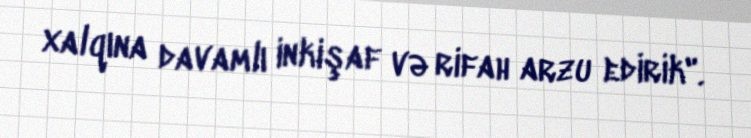
xalqına davamlı inkişaf və rifah arzu edirik".